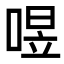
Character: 喅